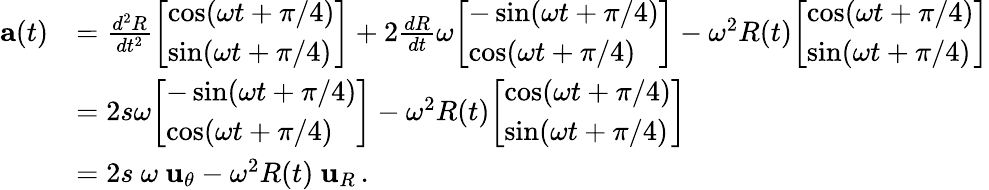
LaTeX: {\begin{array}{rl}{\mathbf{a}(t)}&{={\frac{d^{2}R}{dt^{2}}}{\left[\begin{array}{l}{\cos(\omega t+\pi/4)}\\ {\sin(\omega t+\pi/4)}\end{array}\right]}+2{\frac{dR}{dt}}\omega{\left[\begin{array}{l}{-\sin(\omega t+\pi/4)}\\ {\cos(\omega t+\pi/4)}\end{array}\right]}-\omega^{2}R(t){\left[\begin{array}{l}{\cos(\omega t+\pi/4)}\\ {\sin(\omega t+\pi/4)}\end{array}\right]}}\\ &{=2s\omega{\left[\begin{array}{l}{-\sin(\omega t+\pi/4)}\\ {\cos(\omega t+\pi/4)}\end{array}\right]}-\omega^{2}R(t){\left[\begin{array}{l}{\cos(\omega t+\pi/4)}\\ {\sin(\omega t+\pi/4)}\end{array}\right]}}\\ &{=2s\ \omega\ \mathbf{u}_{\theta}-\omega^{2}R(t)\ \mathbf{u}_{R}\, .}\end{array}}